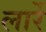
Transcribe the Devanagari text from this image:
लार्रे